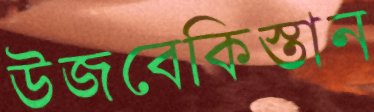
উজবেকিস্তান